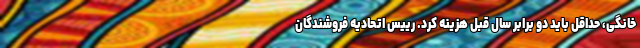
خانگی، حداقل باید دو برابر سال قبل هزینه کرد. رییس اتحادیه فروشندگان